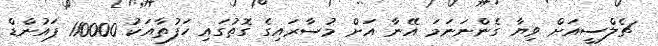
ޗެލްސީއަށް ވިޔާ ގެންނަނަމަ އޭނާ އަށް މުސާރައިގެ ގޮތުގައި ހަފުތާއަކު 110000 ޕައުންޑް